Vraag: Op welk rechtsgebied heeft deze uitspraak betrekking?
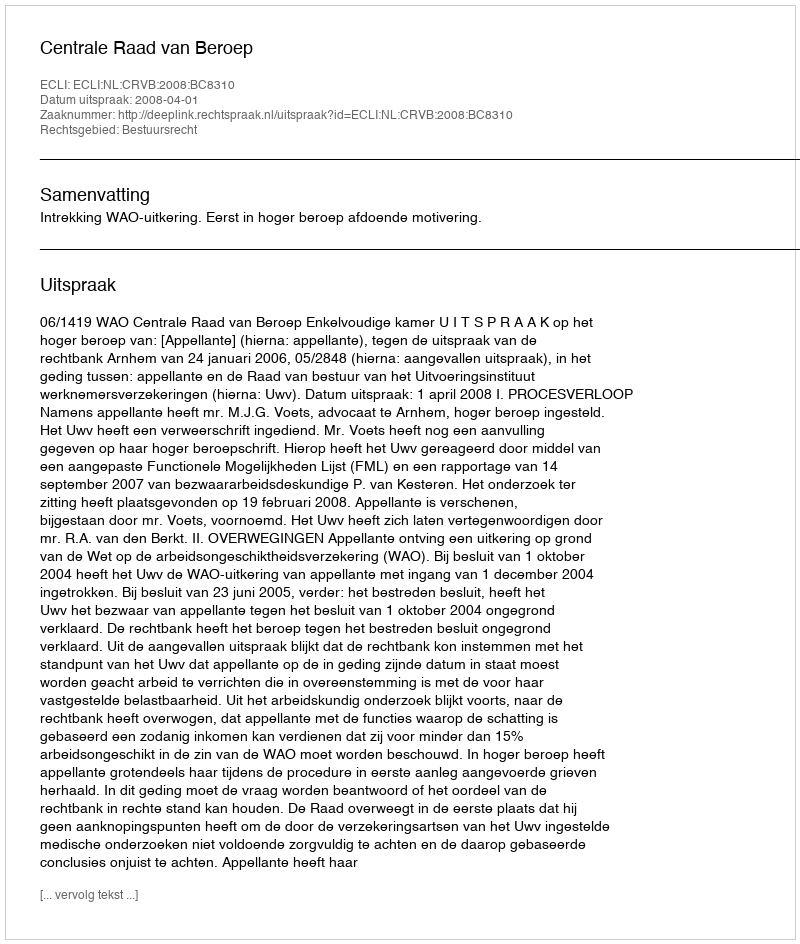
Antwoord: Bestuursrecht